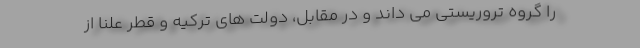
را گروه تروریستی می داند و در مقابل، دولت های ترکیه و قطر علنا از